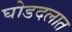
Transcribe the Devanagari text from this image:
घोडदलात